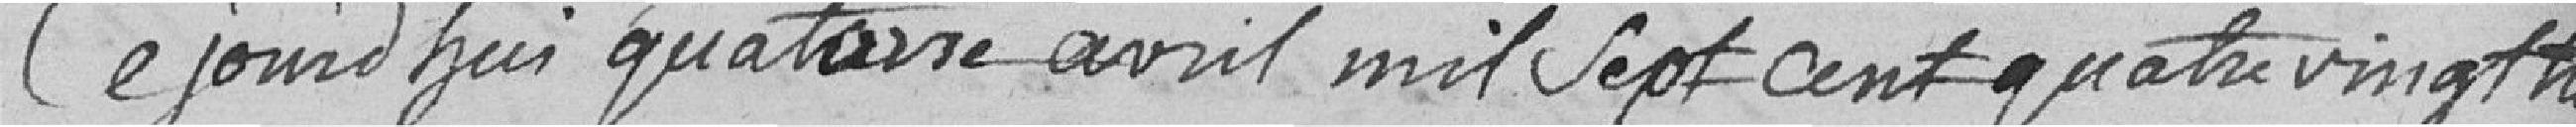
Ce jourd'hui quatorze avril mil sept cent quatre vingt treize